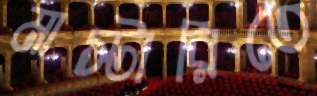
মাস্টারিতে